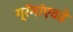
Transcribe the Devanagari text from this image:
ग्रॅमांएवढे